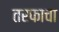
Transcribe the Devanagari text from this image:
तरफाचा